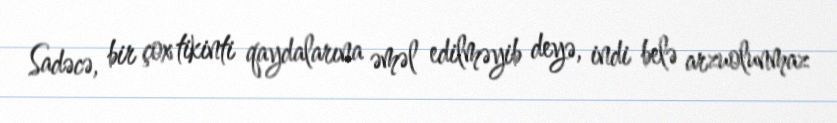
Sadəcə, bir çox tikinti qaydalarına əməl edilməyib deyə, indi belə arzuolunmaz